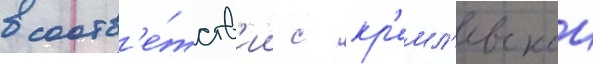
в соотв'е́тств'ии с кр'емл'евскои